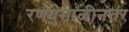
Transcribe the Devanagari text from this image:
रणधुमाळीनंतर